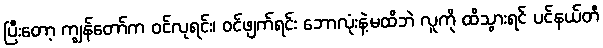
ပြီးတော့ ကျွန်တော်က ဝင်လုရင်း၊ ဝင်ဖျက်ရင်း ဘောလုံးနဲ့မထိဘဲ လူကို ထိသွားရင် ပင်နယ်တီ